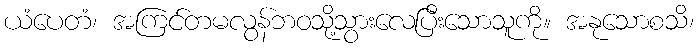
ယံပေတံ၊ အကြင်တမလွန်ဘဝသို့သွားလေပြီးသောသူကို။ အနုသောစသိ၊